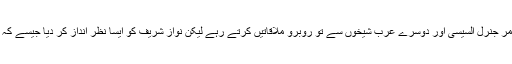
پھر صدر ٹرمپ ، مصری فوجی آمر جنرل السیسی اور دوسرے عرب شیخوں سے تو روبرو ملاقاتیں کرتے رہے لیکن نواز شریف کو ایسا نظر انداز کر دیا جیسے کہ وہ ان سے ملنے سے انکار ی ہیں۔